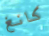
كانغ